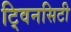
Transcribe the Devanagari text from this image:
टि्वनसिटी